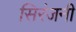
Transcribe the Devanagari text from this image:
सिरंजनी